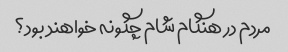
مردم در هنگام شام چگونه خواهند بود؟